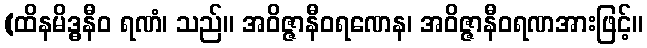
(ထိနမိဒ္ဓနီဝ ရဏံ၊ သည်။ အဝိဇ္ဇာနီဝရဏေန၊ အဝိဇ္ဇာနီဝရဏအားဖြင့်။